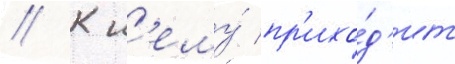
// К н'ему́ пр'ихо́д'ит